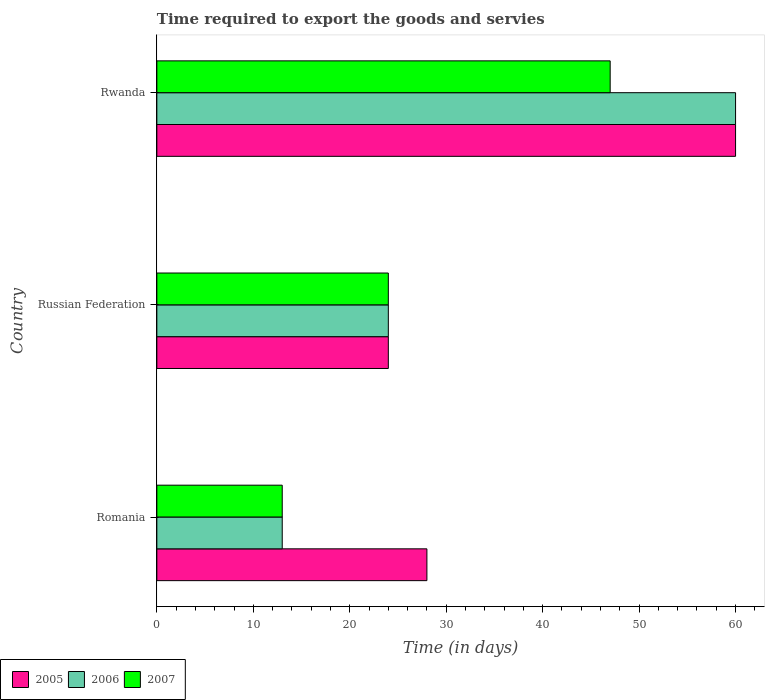
| Country | 2005 | 2006 | 2007 |
 | --- | --- | --- | --- |
 | Romania | 28 | 13 | 13 |
 | Russian Federation | 24 | 24 | 24 |
 | Rwanda | 60 | 60 | 47 |